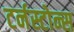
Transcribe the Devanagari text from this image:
टर्नस्टोन्स